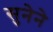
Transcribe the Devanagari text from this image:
सुनेने